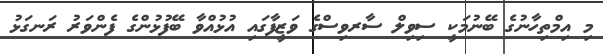
މި އިމްތިހާނުގެ ބޭނުމަކީ ސިވިލް ސާރވިސްގެ ވަޒީފާގައި އުޅުއްވާ ބޭފުޅުންގެ ފެންވަރު ރަނގަޅު